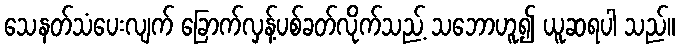
သေနတ်သံပေးလျက် ခြောက်လှန့်ပစ်ခတ်လိုက်သည့် သဘောဟူ၍ ယူဆရပါ သည်။